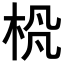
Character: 𪲊